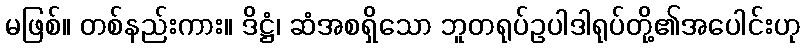
မဖြစ်။ တစ်နည်းကား။ ဒိဋ္ဌံ၊ ဆံအစရှိသော ဘူတရုပ်ဥပါဒါရုပ်တို့၏အပေါင်းဟု